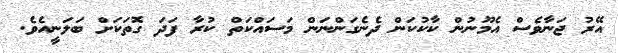
އޭރު ޖަނާވެސް އެމޫނުން ކާކުކަން ދެނެގަންނަން މަސައްކަތް ކުރާ ފަދަ ގޮތަކަށް ބަލަނީއެވެ.